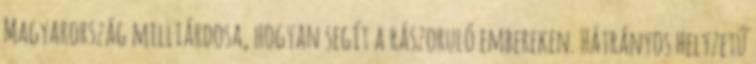
Magyarország milliárdosa, hogyan segít a rászoruló embereken. Hátrányos helyzetű